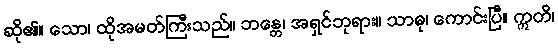
ဆို၏။ သော၊ ထိုအမတ်ကြီးသည်။ ဘန္တေ၊ အရှင်ဘုရား။ သာဓု၊ ကောင်းပြီ။ ဣတိ၊